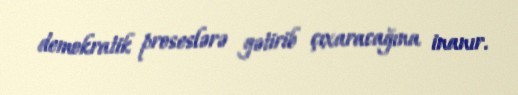
demokratik proseslərə gətirib çıxaracağına inanır.